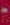
-